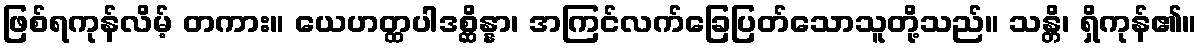
ဖြစ်ရကုန်လိမ့် တကား။ ယေဟတ္ထပါဒစ္ဆိန္နာ၊ အကြင်လက်ခြေပြတ်သောသူတို့သည်။ သန္တိ၊ ရှိကုန်၏။